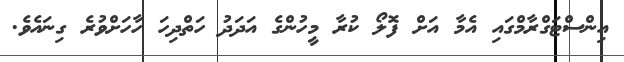
އިންސްޓަގްރާމްގައި އެމާ އަށް ފޮލޯ ކުރާ މީހުންގެ އަދަދު ހަތްދިހަ ހާހަށްވުރެ ގިނައެވެ.